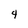
Character: 4